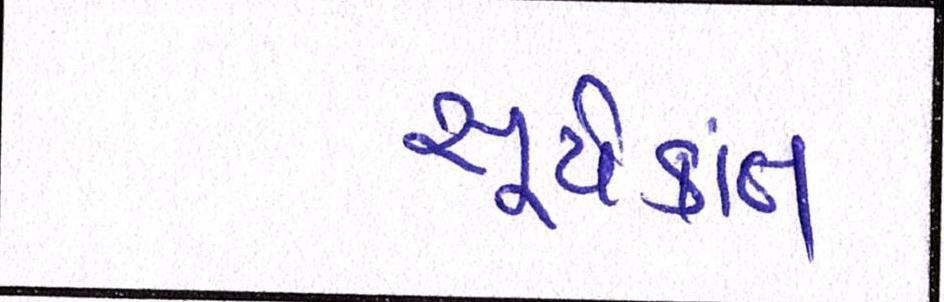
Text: સૂર્યકાંત